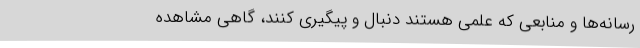
رسانه‌ها و منابعی که علمی هستند دنبال و پیگیری کنند، گاهی مشاهده